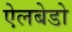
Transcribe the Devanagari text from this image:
ऐलबेडो